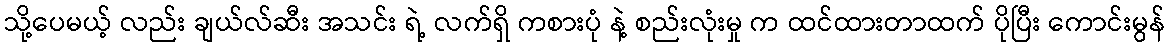
သို့ပေမယ့် လည်း ချယ်လ်ဆီး အသင်း ရဲ့ လက်ရှိ ကစားပုံ နဲ့ စည်းလုံးမှု က ထင်ထားတာထက် ပိုပြီး ကောင်းမွန်